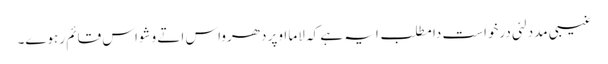
غیبی مدد لئی درخواست دا مطلب ایہ ہے کہ لاما اوپر دھرواس اتے وشواس قائم رہوے۔